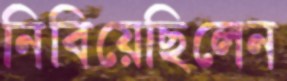
নিবিয়েছিলেন